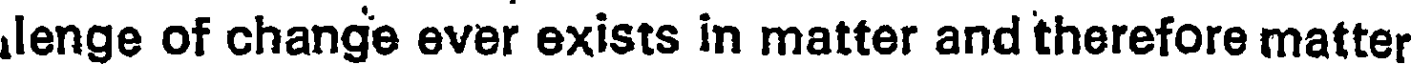
lenge of change ever exists in matter and therefore matter